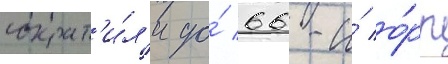
сократ'и́л'и до́ 66-и́ о́рр